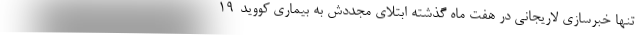
تنها خبرسازی لاریجانی در هفت ماه گذشته ابتلای مجددش به بیماری کووید-۱۹